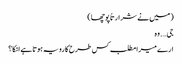
( میں نے شرارتاً پوچھا )
جی…. وہ
ارے میرا مطلب کس طرح کا رویہ ہوتا ہے انکا ؟